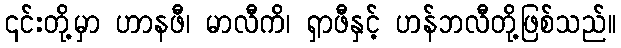
၎င်းတို့မှာ ဟာနဖီ၊ မာလီကိ၊ ရှာဖီနှင့် ဟန်ဘလီတို့ဖြစ်သည်။